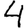
Digit: 4